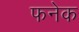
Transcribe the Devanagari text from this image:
फनेक